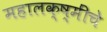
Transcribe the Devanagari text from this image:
महालक्ष्मींचे